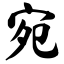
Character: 宛